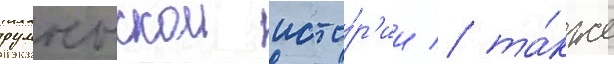
румынскои исто́р'ии / та́кже